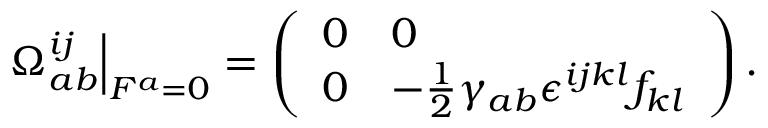
\left. \Omega _ { a b } ^ { i j } \right| _ { F ^ { a } = 0 } = \left( \begin{array} { l l } { { 0 } } & { { 0 } } \\ { { 0 } } & { { - \frac { 1 } { 2 } \gamma _ { a b } \epsilon ^ { i j k l } f _ { k l } } } \end{array} \right) .